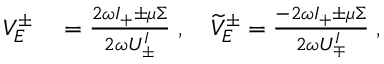
\begin{array} { r l } { V _ { E } ^ { \pm } } & { { } = \frac { 2 \omega I _ { + } \pm { \mu \Sigma } } { 2 \omega U _ { \pm } ^ { I } } \; , \quad \widetilde { V } _ { E } ^ { \pm } = \frac { - 2 \omega I _ { + } \pm \mu \Sigma } { 2 \omega U _ { \mp } ^ { I } } \; , } \end{array}